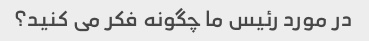
در مورد رئیس ما چگونه فکر می کنید؟